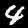
Digit: 4